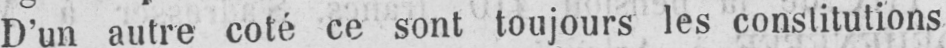
D’un autre coté ce sont toujours les constitutions